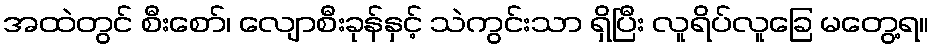
အထဲတွင် စီးစော်၊ လျောစီးခုန်နှင့် သဲကွင်းသာ ရှိပြီး လူရိပ်လူခြေ မတွေ့ရ။